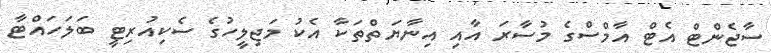
ސާޖެންޓް އެޓް އާމްސްގެ މުސާރަ އާއި އިނާޔަތްތަކާ އެކު މަޖިލީހުގެ ސެކިއުރިޓީ ބަލަހައްޓާ